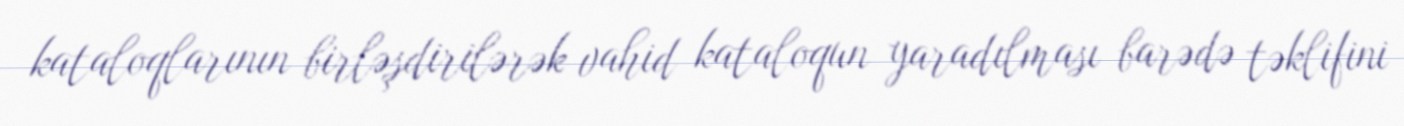
kataloqlarının birləşdirilərək vahid kataloqun yaradılması barədə təklifini